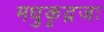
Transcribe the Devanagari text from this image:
मधुकृद्गजः